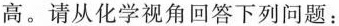
高。请从化学视角回答下列问题：